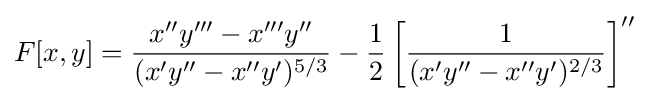
F[x,y]={\frac {x''y'''-x'''y''}{(x'y''-x''y')^{5/3}}}-{\frac {1}{2}}\left[{\frac {1}{(x'y''-x''y')^{2/3}}}\right]''